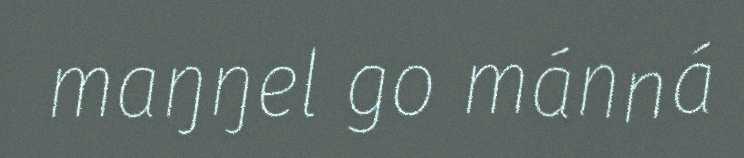
maŋŋel go mánná